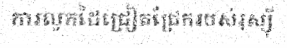
ការលូកដៃជ្រៀតជ្រែករបស់រុស្ស៊ី